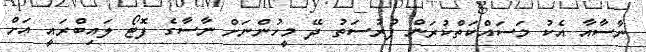
ނާސާއާ އެކު މަސައްކަތްކުރަން ފުރުސަތު ދޭ މީހުންނަށް ނާސާގެ ފޮޓޯ ލައިބްރައީ އަށް